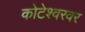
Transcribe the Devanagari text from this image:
कोटेश्वरवर